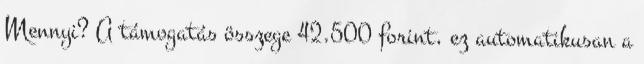
Mennyi? A támogatás összege 42.500 forint, ez automatikusan a